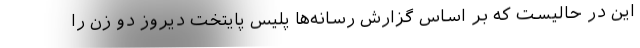
این در حالیست که بر اساس گزارش رسانه‌ها پلیس پایتخت دیروز دو زن را